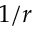
1 / r